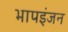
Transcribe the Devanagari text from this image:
भापइंजन